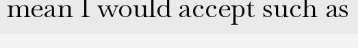
mean I would accept such as